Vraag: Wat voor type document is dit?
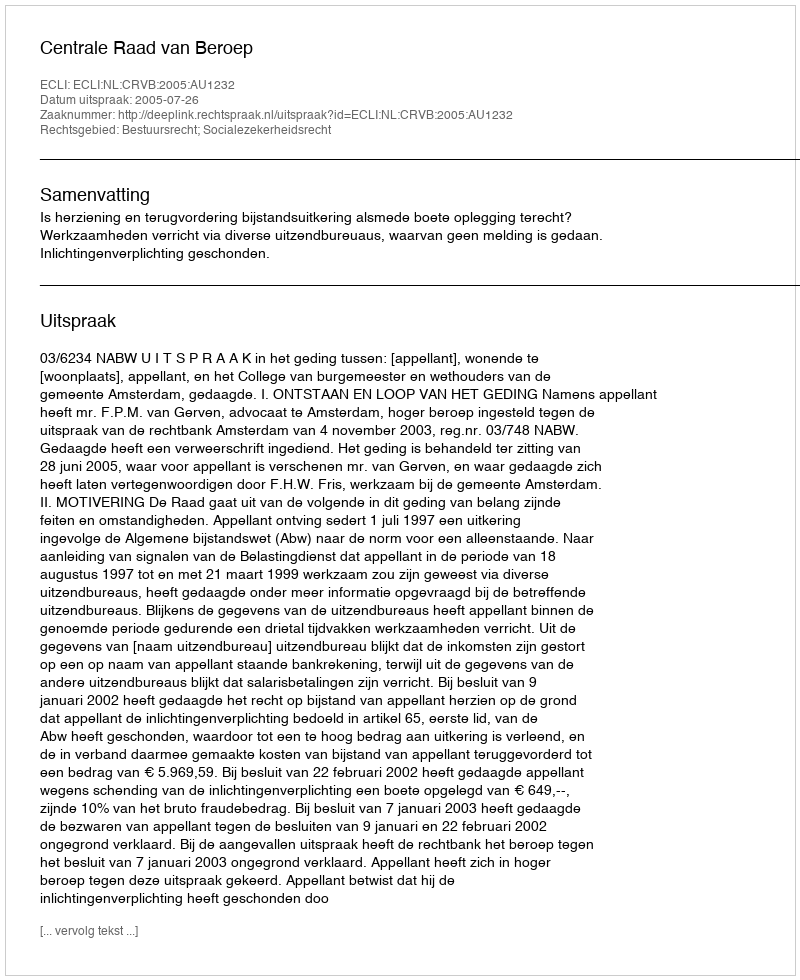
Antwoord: Uitspraak